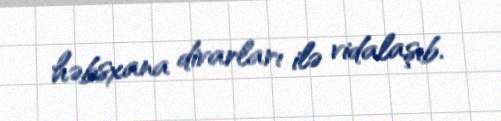
həbsxana divarları ilə vidalaşıb.